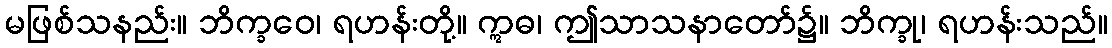
မဖြစ်သနည်း။ ဘိက္ခဝေ၊ ရဟန်းတို့။ ဣဓ၊ ဤသာသနာတော်၌။ ဘိက္ခု၊ ရဟန်းသည်။